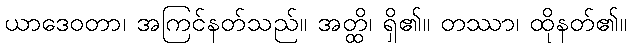
ယာဒေဝတာ၊ အကြင်နတ်သည်။ အတ္ထိ၊ ရှိ၏။ တဿာ၊ ထိုနတ်၏။